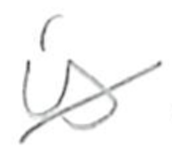
Text: is
Cross-out: diagonal
Writing tool: pencil